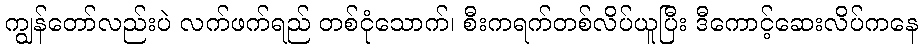
ကျွန်တော်လည်းပဲ လက်ဖက်ရည် တစ်ငုံသောက်၊ စီးကရက်တစ်လိပ်ယူပြီး ဒီကောင့်ဆေးလိပ်ကနေ